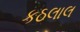
કઠલાલ